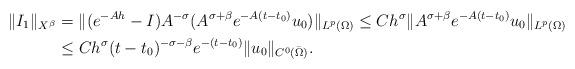
LaTeX: \begin{align*}\|I_1\|_{ X^{\beta}} &=\|(e^{-Ah}-I)A^{-\sigma}(A^{\sigma+\beta}e^{-A(t-t_0)}u_0)\|_{L^p(\Omega)}\leq Ch^{\sigma} \|A^{\sigma+\beta}e^{-A(t-t_0)}u_0\|_{L^p(\Omega)}\\&\leq Ch^{\sigma}(t-t_0)^{-\sigma-\beta}e^{-(t-t_0)}\|u_0\|_{C^0(\bar\Omega)}.\end{align*}